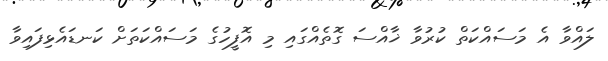
ލައްވާ އެ މަސައްކަތް ކުރުވާ ޚާއްސަ ގޮތެއްގައި މި އޮފީހުގެ މަސައްކަތަށް ކަނޑައެޅިފައިވާ